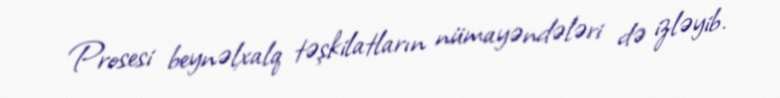
Prosesi beynəlxalq təşkilatların nümayəndələri də izləyib.